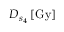
D _ { s _ { 4 } } \, [ \mathrm { G y } ]